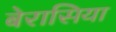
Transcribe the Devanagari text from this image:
बेरासिया